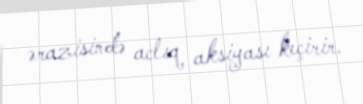
ərazisində aclıq aksiyası keçirir.